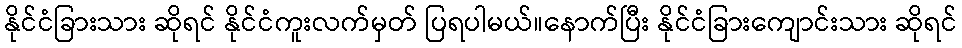
နိုင်ငံခြားသား ဆိုရင် နိုင်ငံကူးလက်မှတ် ပြရပါမယ်။နောက်ပြီး နိုင်ငံခြားကျောင်းသား ဆိုရင်